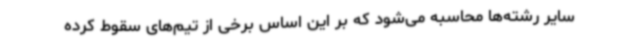
سایر رشته‌ها محاسبه می‌شود که بر این اساس برخی از تیم‌های سقوط کرده